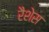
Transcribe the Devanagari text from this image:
रैशेस